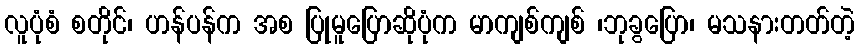
လူပုံစံ စတိုင်၊ ဟန်ပန်က အစ ပြုမူပြောဆိုပုံက မာကျစ်ကျစ် ၊ဘုခွပြော၊ မသနားတတ်တဲ့